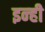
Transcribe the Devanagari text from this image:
इन्‍ही